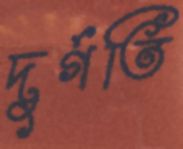
দুর্গতি